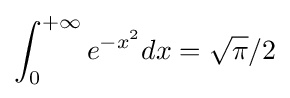
\int _{0}^{+\infty }e^{-x^{2}}dx={\sqrt {\pi }}/2